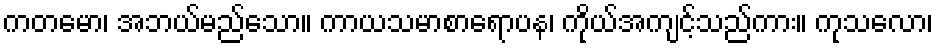
ကတမော၊ အဘယ်မည်သော။ ကာယသမာစာရောပန၊ ကိုယ်အကျင့်သည်ကား။ ကုသလော၊